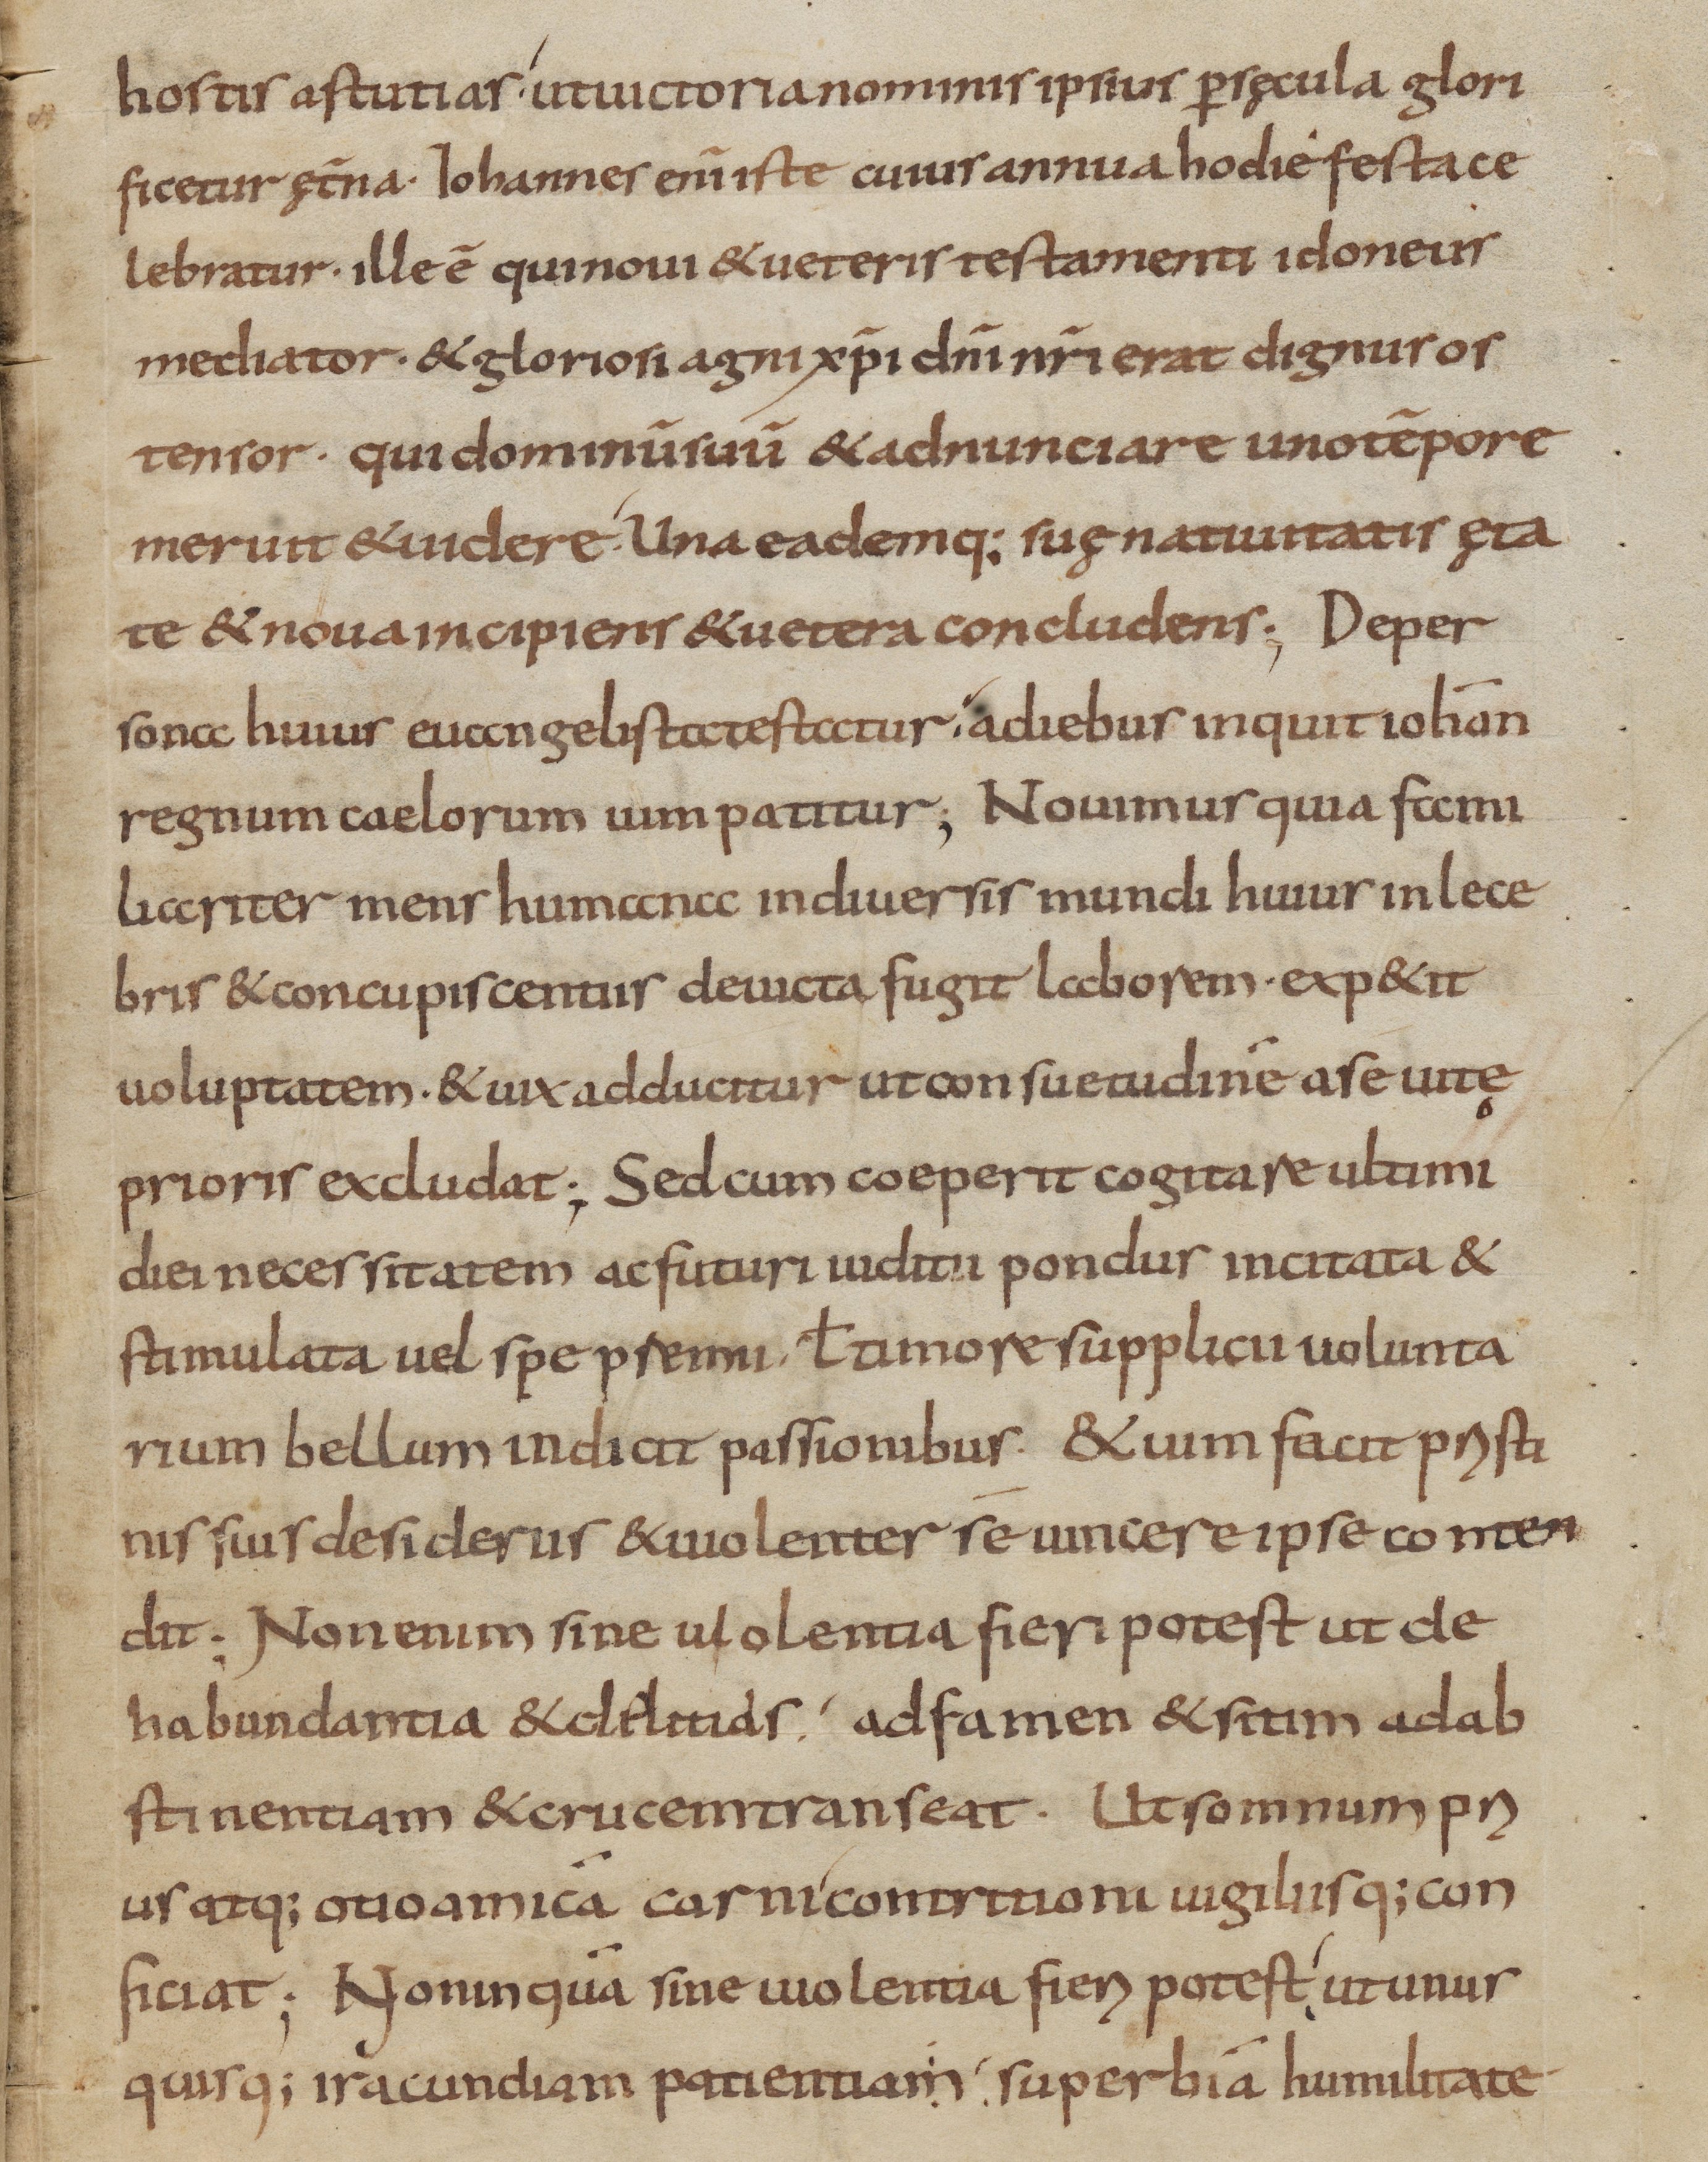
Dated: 800–899